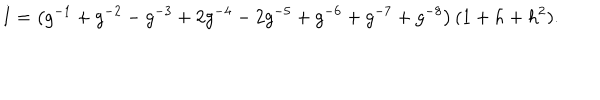
LaTeX: I = \left( g ^ { - 1 } + g ^ { - 2 } - g ^ { - 3 } + 2 g ^ { - 4 } - 2 g ^ { - 5 } + g ^ { - 6 } + g ^ { - 7 } + g ^ { - 8 } \right) ( 1 + h + h ^ { 2 } ) .